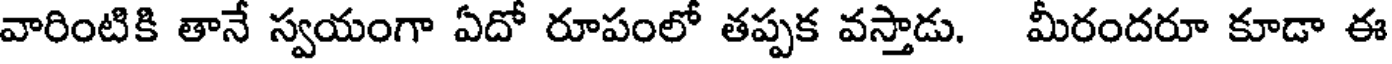
వారింటికి తానే స్వయంగా ఏదో రూపంలో తప్పక వస్తాడు. మీరందరూ కూడా ఈ